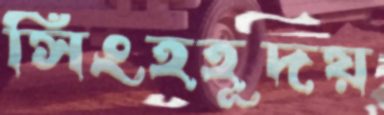
সিংহহূদয়